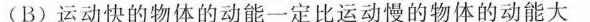
(B)运动快的物体的动能一定比运动慢的物体的动能大